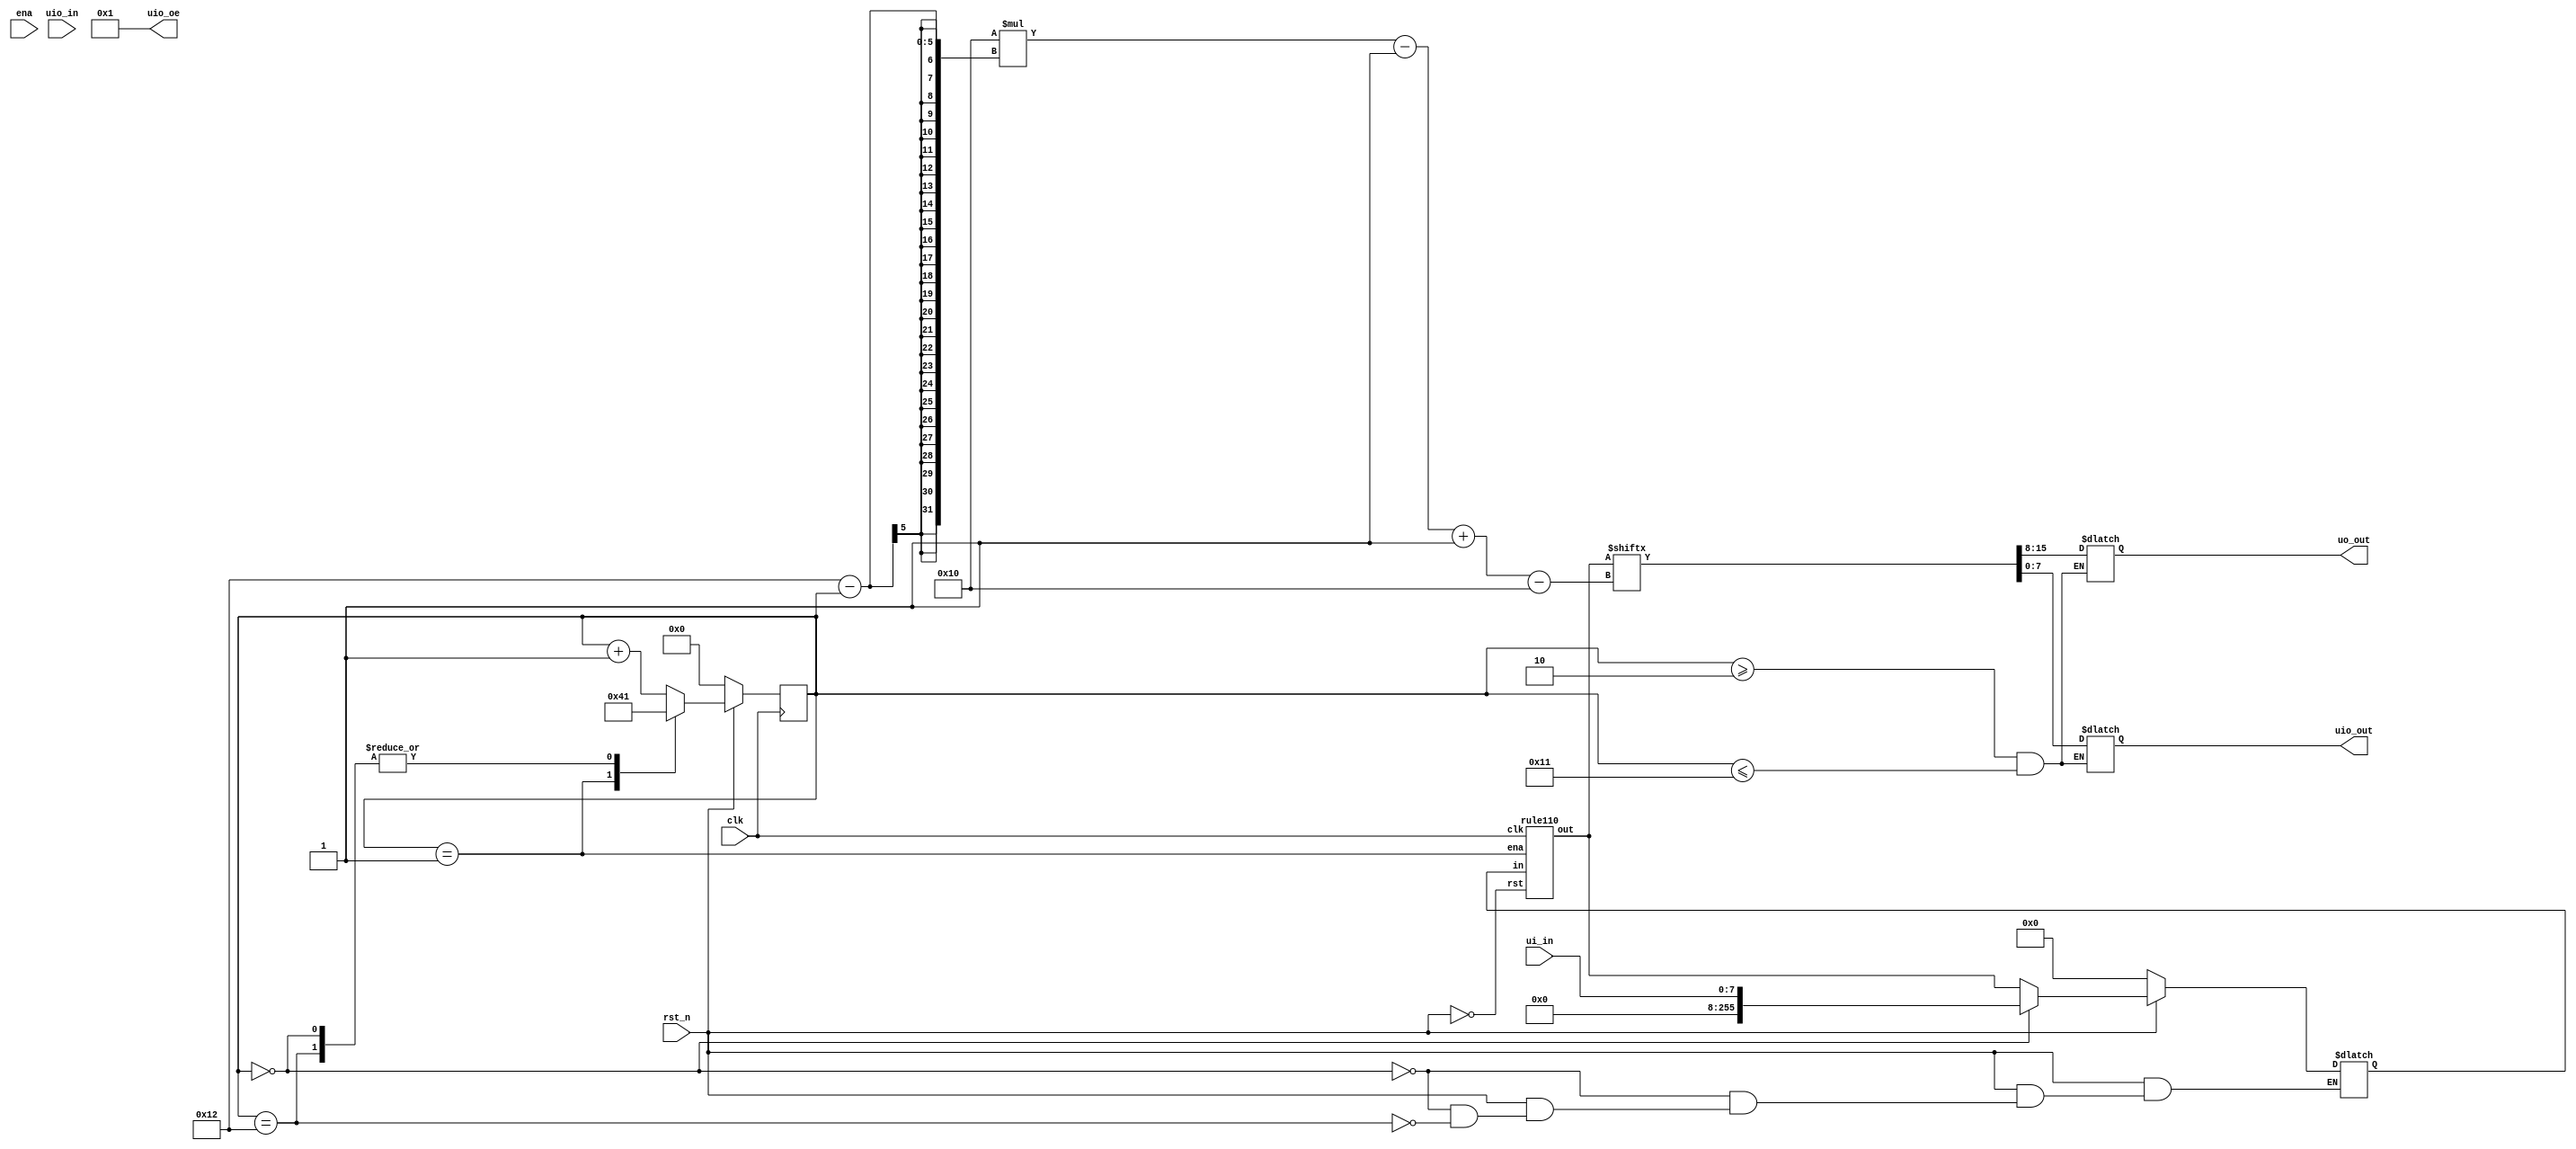
`default_nettype none

module tt_um_rule110_an(
  	input  wire [7:0] ui_in,    // Dedicated inputs - connected to the input switches
    output reg  [7:0] uo_out,   // Dedicated outputs - connected to the 7 output pin
    input  wire [7:0] uio_in,   // IOs: Bidirectional Input path
    output reg  [7:0] uio_out,  // IOs: Bidirectional Output path
    output wire [7:0] uio_oe,   // IOs: Bidirectional Enable path (active high: 0=input, 1=output)
    
    input  wire       ena,      // will go high when the design is enabled
    input  wire       clk,      // clock
    input  wire       rst_n     // reset_n - low to reset
); 

    // Set all bidirectional pins as outputs
    assign uio_oe = 8'b1;

    parameter LOAD=0;	// load data
    parameter STEP=1;	// step into next generation
    parameter S0=2, S15=17;	// 16 cycles output, each cycle output 16 bits
    parameter UPDATE=18;		// update rule_in

    reg  [4:0] state, next_state;
    reg  [255:0] rule_in;
  	wire [255:0] rule_out;

    always @(posedge clk) begin
      if (!rst_n) state <= LOAD;
      else state <= next_state;
    end

    always @(*) begin
      case (state) 
        LOAD: next_state = STEP;
        STEP: next_state = S0;
        UPDATE: next_state = STEP;
        default: next_state = state + 1;
      endcase
    end

    always @(*) begin
      if (!rst_n) rule_in = 256'b0;
      else if (state == LOAD) rule_in = ui_in;
      else if (state == UPDATE) rule_in = rule_out;
      else rule_in = rule_in;
    end
    // rule_in = 256'b10001110111000100110111110001001101111100010011011111000100;

  	always @(*) begin
      if ((state >= S0 && state <= S15))
      	{uo_out, uio_out} = rule_out[16*(18-state)-1 -: 16];
    end

    rule110 rule110(
      .in(rule_in),
      .out(rule_out),
      .ena(state == STEP),
      .clk(clk),
      .rst(!rst_n)
    );
  
endmodule


module rule110(
    input  wire [255:0] in,
    output reg  [255:0] out,
    
    input  wire  ena,  
    input  wire  clk,
    input  wire  rst
); 

  	wire [255:0] left, right;

    assign left =  {1'b0, in[255:1]};
    assign right = {in[254:0], 1'b0};
        
    always @(*)
      if (ena)
      	out = (left & in & ~right) | (~left & in) | (~in & right);
endmodule